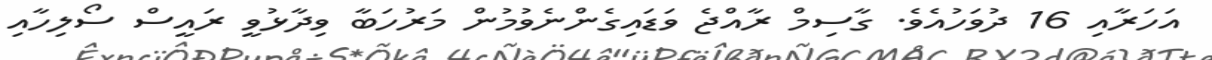
އަހަރާއި 16 ދުވަހުއެވެ. ގާސިމް ރާއްޖެ ވަޑައިގެންނެވުމުން މަރުހަބާ ވިދާޅުވީ ރައީސް ސޯލިހާއި